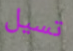
تسيل